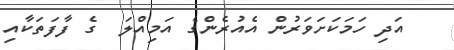
އަދި ހަމަކަށަވަރުން އެއުރެންގެ އަމިއްލަ  ގެ ފާފަތަކާއި